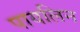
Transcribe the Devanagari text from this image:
पायलिन